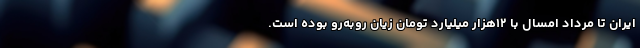
ایران تا مرداد امسال با ۱۲هزار میلیارد تومان زیان روبه‌رو بوده است.